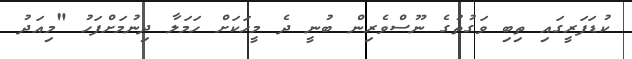
ކުޑަފަރީގައި ތިބި ވަގުތުގެ ނޫސްވެރިން ބުނީ ދެ މީހަކަށް ހަމަލާ ދިނުމަށްފަހު "މިއަދު